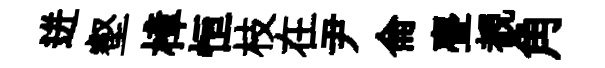
迸壑樟恒枝在尹侖亹覩角